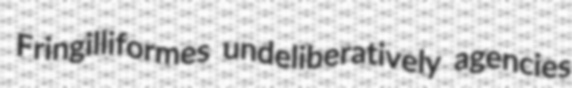
Fringilliformes undeliberatively agencies